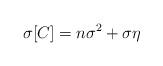
LaTeX: \begin{align*}\sigma [C]=n\sigma^{2}+ \sigma\eta \end{align*}